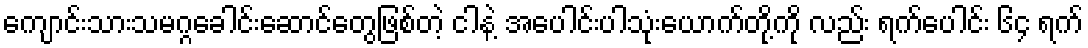
ကျောင်းသားသမဂ္ဂခေါင်းဆောင်တွေဖြစ်တဲ့ ငါနဲ့ အပေါင်းပါသုံးယောက်တို့ကို လည်း ရက်ပေါင်း ၆၄ ရက်